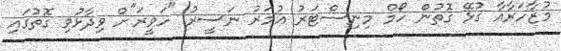
މުޒާހަރާއާ ގުޅޭ ގޮތުން ހޯމް މިނިސްޓަރު އުމަރު ނަސީރު "ހަވީރަ"ށް ވިދާޅުވި ގޮތުގައި